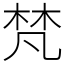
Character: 梵